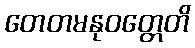
တေတမနုဝတ္တေတိ